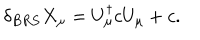
LaTeX: \delta _ { B R S } X _ { \mu } = U _ { \mu } ^ { \dagger } c U _ { \mu } + c .